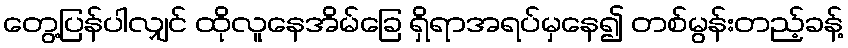
တွေ့ပြန်ပါလျှင် ထိုလူနေအိမ်ခြေ ရှိရာအရပ်မှနေ၍ တစ်မွန်းတည့်ခန့်